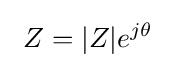
\ Z=|Z|e^{j\theta }\quad